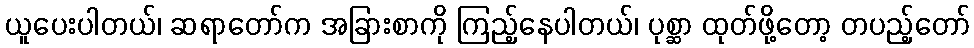
ယူပေးပါတယ်၊ ဆရာတော်က အခြားစာကို ကြည့်နေပါတယ်၊ ပုစ္ဆာ ထုတ်ဖို့တော့ တပည့်တော်